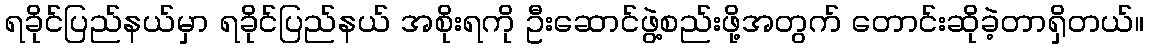
ရခိုင်ပြည်နယ်မှာ ရခိုင်ပြည်နယ် အစိုးရကို ဦးဆောင်ဖွဲ့စည်းဖို့အတွက် တောင်းဆိုခဲ့တာရှိတယ်။